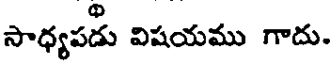
సాధ్యపడు విషయము గాదు.